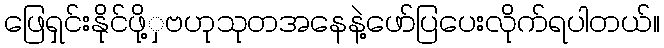
ဖြေရှင်းနိုင်ဖို့ှဗဟုသုတအနေနဲ့ဖော်ပြပေးလိုက်ရပါတယ်။